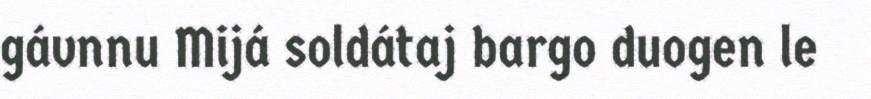
gávnnu Mijá soldátaj bargo duogen le